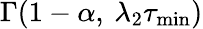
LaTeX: \Gamma(1-\alpha,\: \lambda_{2}\tau_{\mathrm{min}})